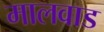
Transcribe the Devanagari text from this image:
मालवाड